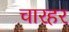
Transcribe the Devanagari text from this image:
चारहर